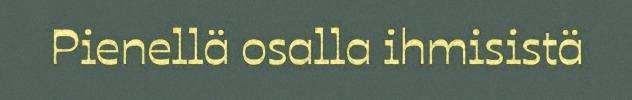
Pienellä osalla ihmisistä